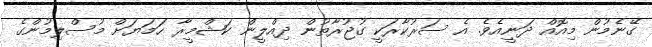
ގޭނެމުން މިއޮއް ދަނީއެވެ. އެ ސަރުކާރަކީ ގުޖުރާތުން ދިއްލީން ކަޝްމީރާ ހަމަޔަށް މުސްލިމުންގެ